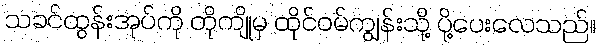
သခင်ထွန်းအုပ်ကို တိုကျိုမှ ထိုင်ဝမ်ကျွန်းသို့ ပို့ပေးလေသည်။